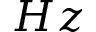
H z